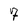
Character: 7